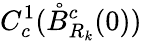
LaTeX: C_{c}^{1}(\mathring{B}_{R_{k}}^{c}(0))